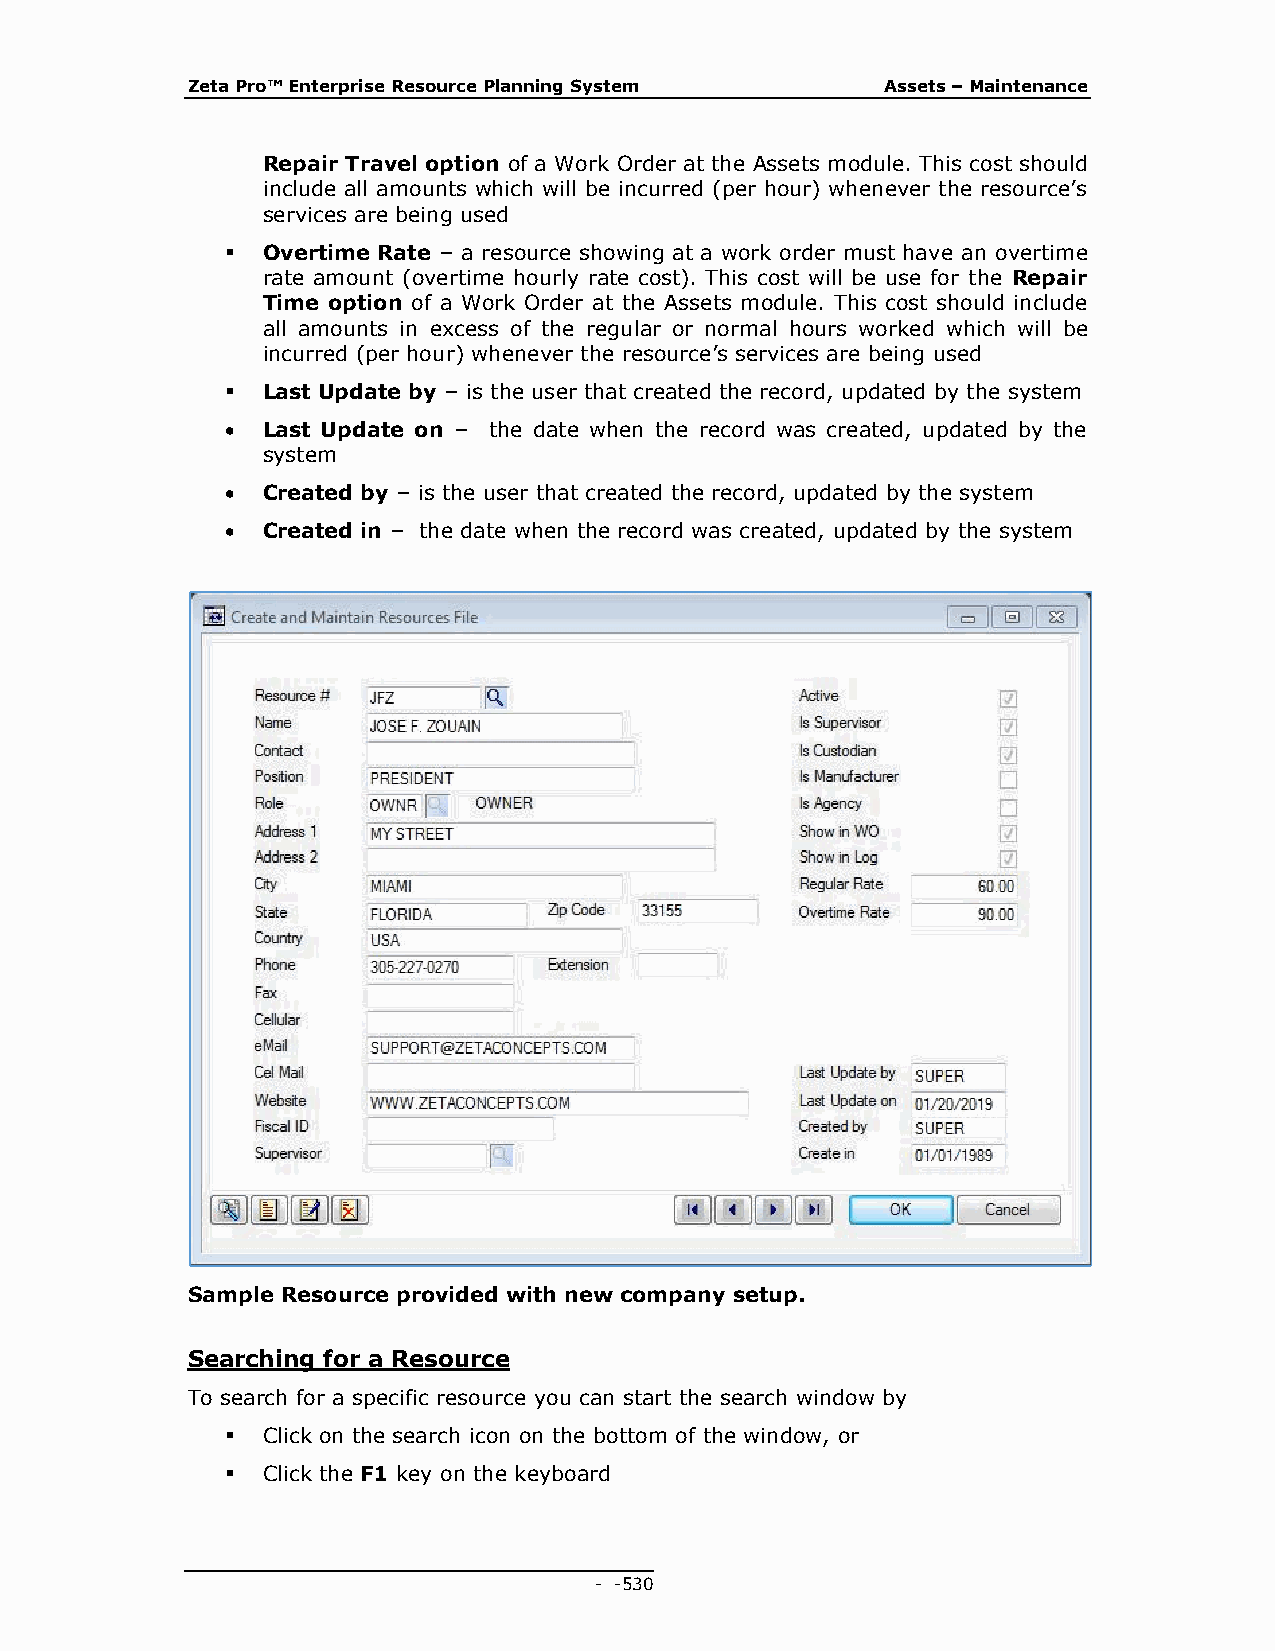
Zeta Pro™ Enterprise Resource Planning System  Assets – Maintenance
 Repair Travel option of a Work Order at the Assets module. This cost should
 include all amounts which will be incurred (per hour) whenever the resource’s
 services are being used
  Overtime Rate – a resource showing at a work order must have an overtime
 rate amount (overtime hourly rate cost). This cost will be use for the Repair
 Time option of a Work Order at the Assets module. This cost should include
 all amounts in excess of the regular or normal hours worked which will be
 incurred (per hour) whenever the resource’s services are being used
  Last Update by – is the user that created the record, updated by the system
  Last Update on – the date when the record was created, updated by the
 system
  Created by – is the user that created the record, updated by the system
  Created in – the date when the record was created, updated by the system
 Sample Resource provided with new company setup.
 Searching for a Resource
 To search for a specific resource you can start the search window by
  Click on the search icon on the bottom of the window, or
  Click the F1 key on the keyboard
 - - 530